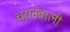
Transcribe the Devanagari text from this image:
चरानेवाली